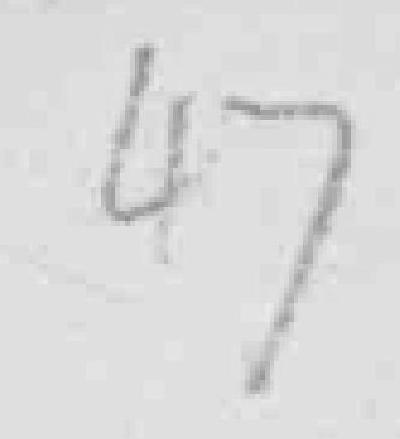
47